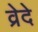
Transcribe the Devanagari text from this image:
व्रेदे